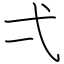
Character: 弌